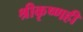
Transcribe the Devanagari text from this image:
श्रीकृष्णही